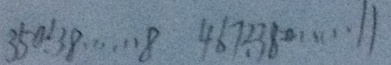
3 5 0 \div 3 8 \cdots 8 4 6 7 \div 3 8 \cdots 1 1